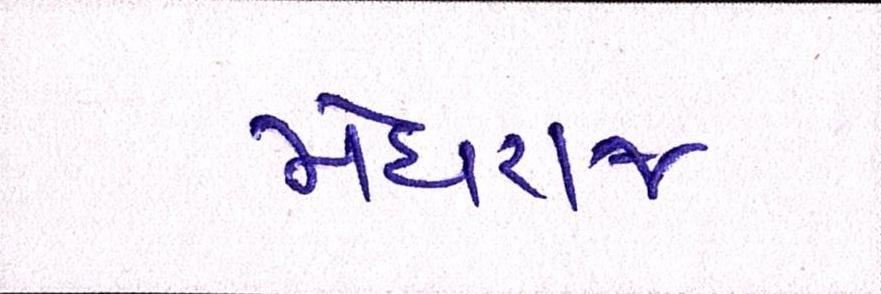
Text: મેઘરજ